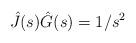
LaTeX: \begin{align*} \hat{J}(s)\hat{G}(s)=1/s^2\end{align*}